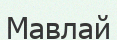
Мавлай